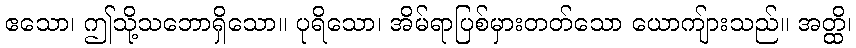
ဧသော၊ ဤသို့သဘောရှိသော။ ပုရိသော၊ အိမ်ရာပြစ်မှားတတ်သော ယောကျ်ားသည်။ အတ္ထိ၊